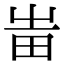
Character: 𤰫